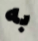
به